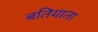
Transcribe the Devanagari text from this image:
बतियाता